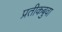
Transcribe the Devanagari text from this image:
प्रतीकबुवा